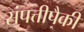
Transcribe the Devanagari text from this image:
संपत्तीपैकी